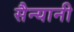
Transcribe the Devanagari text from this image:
सैन्यानी